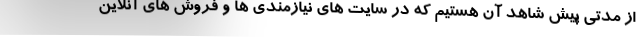
از مدتی پیش شاهد آن هستیم که در سایت های نیازمندی ها و فروش های آنلاین